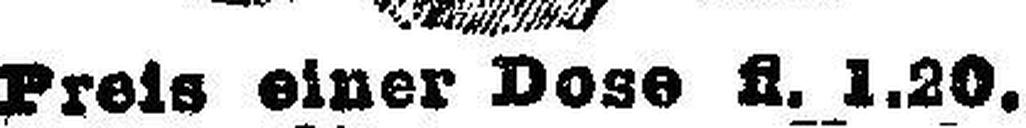
Preis einer Dose fl. 1.20.